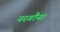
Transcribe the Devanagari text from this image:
नरगौना